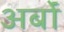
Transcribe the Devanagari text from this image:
अर्बों